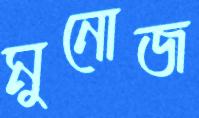
মুনোজ